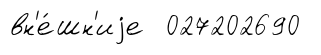
вн'е́шн'иjе 027202690